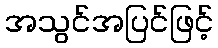
အသွင်အပြင်ဖြင့်